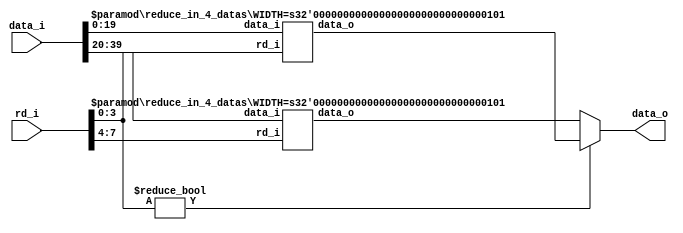

module reduce_in_8_datas #(
		parameter NUM = 8,
		parameter WIDTH = 5
	)
	(
	 input [NUM*WIDTH-1 : 0] data_i,
	 input [NUM-1 : 0]       rd_i,
	 output [WIDTH-1 : 0]    data_o
	);
    parameter NUM_SUB = NUM/2;

    wire [NUM_SUB*WIDTH-1 : 0] data_i_0, data_i_1;
    wire [WIDTH-1 : 0]         data_o_0, data_o_1;
    wire [NUM/2-1 : 0]         rd_i_0, rd_i_1;

    assign {rd_i_1, rd_i_0} = rd_i;
    assign {data_i_1, data_i_0} = data_i;
    assign data_o = rd_i_0!=0 ? data_o_0 : data_o_1;

	reduce_in_4_datas #(
		.WIDTH(WIDTH)
	)
	reduce_in_4_datas_inst0 (
		.data_i(data_i_0),
		.data_o(data_o_0),
		.rd_i(rd_i_0)
	);

	reduce_in_4_datas #(
		.WIDTH(WIDTH)
	)
	reduce_in_4_datas_inst1 (
		.data_i(data_i_1),
		.data_o(data_o_1),
		.rd_i(rd_i_1)
	);

endmodule

module reduce_in_4_datas #(
        parameter NUM = 4,
        parameter WIDTH = 5
    )
    (
        input [NUM*WIDTH-1 : 0] data_i,
        input [NUM-1 : 0]       rd_i,
        output [WIDTH-1 : 0]    data_o
    );
    parameter NUM_SUB = NUM/2;

    wire [NUM_SUB*WIDTH-1 : 0] data_i_0, data_i_1;
    wire [WIDTH-1 : 0]         data_o_0, data_o_1;
    wire [NUM/2-1 : 0]         rd_i_0, rd_i_1;

    assign {rd_i_1, rd_i_0} = rd_i;
    assign {data_i_1, data_i_0} = data_i;
    assign data_o = rd_i_0!=0 ? data_o_0 : data_o_1;

    reduce_in_2_datas #(
        .WIDTH(WIDTH)
    )
    reduce_in_2_datas_inst0 (
        .data_i(data_i_0),
        .data_o(data_o_0),
        .rd_i(rd_i_0)
    );

    reduce_in_2_datas #(
        .WIDTH(WIDTH)
    )
    reduce_in_2_datas_inst1 (
        .data_i(data_i_1),
        .data_o(data_o_1),
        .rd_i(rd_i_1)
    );

endmodule


module reduce_in_2_datas #(
        parameter NUM = 2,
        parameter WIDTH = 5
    )
    (
        input [NUM*WIDTH-1 : 0] data_i,
        input [NUM-1 : 0]       rd_i,
        output [WIDTH-1 : 0]    data_o
    );
    parameter NUM_SUB = NUM/2;

    wire [NUM_SUB*WIDTH-1 : 0] data_i_0, data_i_1;
    wire [NUM/2-1 : 0]         rd_i_0, rd_i_1;

    assign {rd_i_1, rd_i_0} = rd_i;
    assign {data_i_1, data_i_0} = data_i;
    assign data_o = rd_i_0!=0 ? data_i_0 : data_i_1;

endmodule